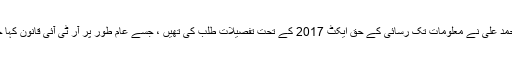
مختار احمد علی نے معلومات تک رسائی کے حق ایکٹ 2017 کے تحت تفصیلات طلب کی تھیں ، جسے عام طور پر آر ٹی آئی قانون کہا جاتا ہے۔